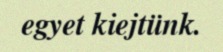
egyet kiejtünk.